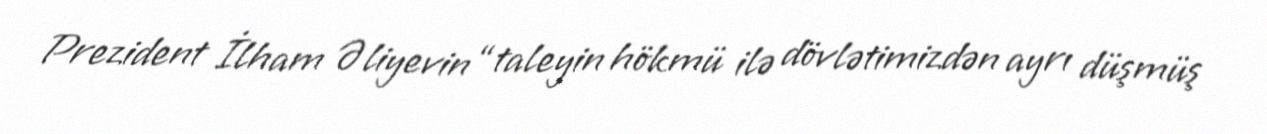
Prezident İlham Əliyevin “taleyin hökmü ilə dövlətimizdən ayrı düşmüş